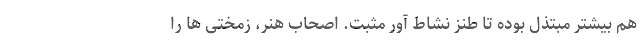
هم بیشتر مبتذل بوده تا طنز نشاط آورِ مثبت. اصحاب هنر، زمختی ها را